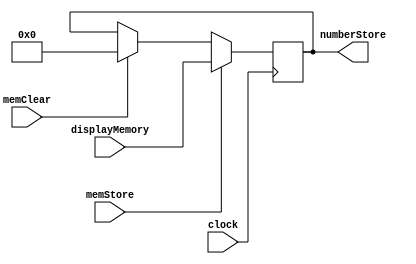
module memoryModule(
	input clock,
	input memStore,
	input memClear,
	input[11:0] displayMemory,
	
	output reg[11:0] numberStore
);
//This is the memory register that will store the number if the user enters memory store, and clear the number when the press memory press. If the user presses memory call, 
//then the system will use the number that is stored in MemoryStore.
initial numberStore = 12'b0;

always @ (posedge clock) begin
	if(memStore) begin
		numberStore = displayMemory;
	end else if(memClear) begin
		numberStore = 12'b0;
	end

end
endmodule